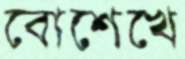
বোশেখে